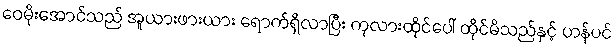
ဝေမိုးအောင်သည် အူယားဖားယား ရောက်ရှိလာပြီး ကုလားထိုင်ပေါ် ထိုင်မိသည်နှင့် ဟန်ပင်